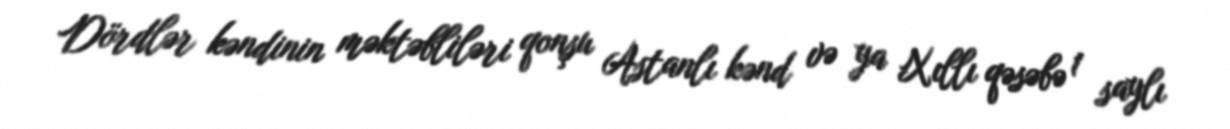
Dördlər kəndinin məktəbliləri qonşu Astanlı kənd və ya Xıllı qəsəbə 1 saylı